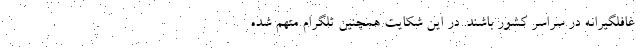
غافلگیرانه در سراسر کشور باشند. در این شکایت همچنین تلگرام متهم شده